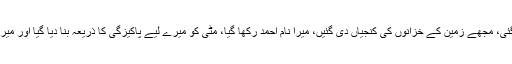
میری رعب کے ساتھ مدد کی گئی، مجھے زمین کے خزانوں کی کنجیاں دی گئیں، میرا نام احمد رکھا گیا، مٹی کو میرے لیے پاکیزگی کا ذریعہ بنا دیا گیا اور میری امت کو بہترین امت بنایا گیا۔